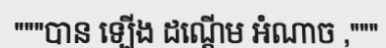
"""បាន ឡើង ដណ្តើម អំណាច ,"""